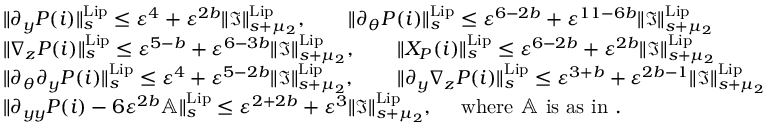
\begin{array} { r l } & { \rVert \partial _ { y } P ( i ) \rVert _ { s } ^ { \mathrm { L i p } } \le \varepsilon ^ { 4 } + \varepsilon ^ { 2 b } \rVert \mathfrak { I } \rVert _ { s + \mu _ { 2 } } ^ { \mathrm { L i p } } , \quad \quad \rVert \partial _ { \theta } P ( i ) \rVert _ { s } ^ { \mathrm { L i p } } \le \varepsilon ^ { 6 - 2 b } + \varepsilon ^ { 1 1 - 6 b } \rVert \mathfrak { I } \rVert _ { s + \mu _ { 2 } } ^ { \mathrm { L i p } } } \\ & { \rVert \nabla _ { z } P ( i ) \rVert _ { s } ^ { \mathrm { L i p } } \le \varepsilon ^ { 5 - b } + \varepsilon ^ { 6 - 3 b } \rVert \mathfrak { I } \rVert _ { s + \mu _ { 2 } } ^ { \mathrm { L i p } } , \quad \quad \rVert X _ { P } ( i ) \rVert _ { s } ^ { \mathrm { L i p } } \le \varepsilon ^ { 6 - 2 b } + \varepsilon ^ { 2 b } \rVert \mathfrak { I } \rVert _ { s + \mu _ { 2 } } ^ { \mathrm { L i p } } } \\ & { \rVert \partial _ { \theta } \partial _ { y } P ( i ) \rVert _ { s } ^ { \mathrm { L i p } } \le \varepsilon ^ { 4 } + \varepsilon ^ { 5 - 2 b } \rVert \mathfrak { I } \rVert _ { s + \mu _ { 2 } } ^ { \mathrm { L i p } } , \quad \quad \rVert \partial _ { y } \nabla _ { z } P ( i ) \rVert _ { s } ^ { \mathrm { L i p } } \le \varepsilon ^ { 3 + b } + \varepsilon ^ { 2 b - 1 } \rVert \mathfrak { I } \rVert _ { s + \mu _ { 2 } } ^ { \mathrm { L i p } } } \\ & { \rVert \partial _ { y y } P ( i ) - 6 \varepsilon ^ { 2 b } \mathbb { A } \rVert _ { s } ^ { \mathrm { L i p } } \le \varepsilon ^ { 2 + 2 b } + \varepsilon ^ { 3 } \rVert \mathfrak { I } \rVert _ { s + \mu _ { 2 } } ^ { \mathrm { L i p } } , \quad \mathrm { ~ w h e r e ~ \mathbb { A } ~ i s ~ a s ~ i n ~ } . } \end{array}